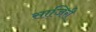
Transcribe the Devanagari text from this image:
साजिरी